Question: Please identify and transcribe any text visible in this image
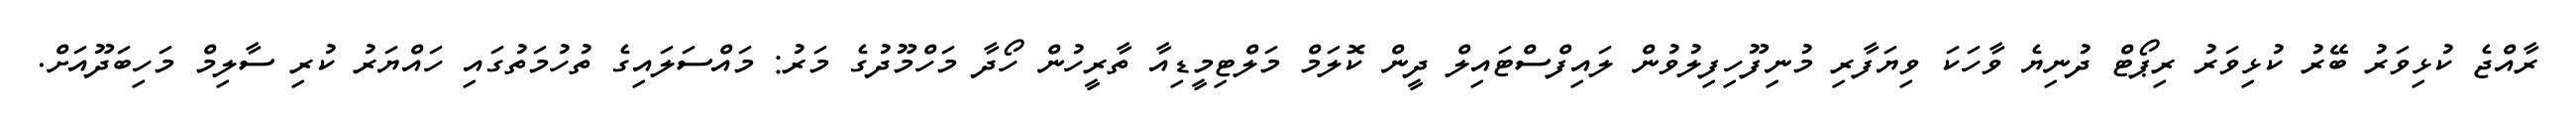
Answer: ރާއްޖެ ކުޅިވަރު ބޭރު ކުޅިވަރު ރިޕޯޓް ދުނިޔެ ވާހަކަ ވިޔަފާރި މުނިފޫހިފިލުވުން ލައިފްސްޓައިލް ދީން ކޮލަމް މަލްޓިމީޑިއާ ތާރީހުން ހޯދާ މަހްމޫދުގެ މަރު: މައްސަލައިގެ ތުހުމަތުގައި ހައްޔަރު ކުރި ސާލިމް މަހިބަދޫއަށް.